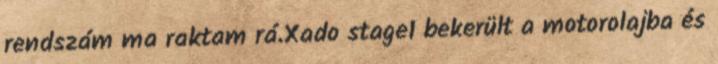
rendszám ma raktam rá.Xado stage1 bekerült a motorolajba és